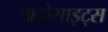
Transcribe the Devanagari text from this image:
पादोसाइट्स